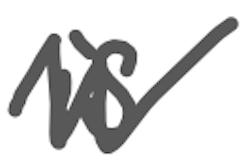
Text: is
Cross-out: zig-zag
Writing tool: digital_gray